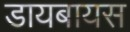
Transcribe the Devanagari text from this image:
डायबायस